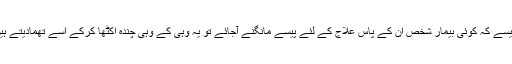
جیسے کہ کوئی بیمار شخص ان کے پاس علاج کے لئے پیسے مانگنے آجائے تو یہ وہی کے وہی چندہ اکٹھا کرکے اسے تھمادیتے ہیں۔